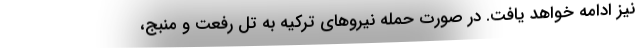
نیز ادامه خواهد یافت. در صورت حمله نیروهای ترکیه به تل رفعت و منبج،